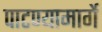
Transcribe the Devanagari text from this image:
पाटण्यामार्गे